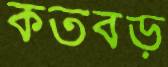
কতবড়